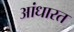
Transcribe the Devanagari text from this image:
आंधारत